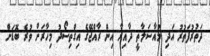
ދަތުރުފަތުރު އަދި މުއާސަލާތީ ދާއިރާ އިން ރާއްޖޭގެ އިގްތިސޯދު މިހާރަށް ވުރެ ބޮޑަށް